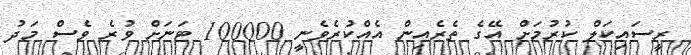
ރީސައިކަލް ކުރުމަށް އޭގެ ތެރެއިން އެއްކުރެވެނީ 100000 ޓަނަށް ވުރެ ވެސް މަދު